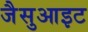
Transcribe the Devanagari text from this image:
जैसुआइट